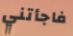
فاجأتني